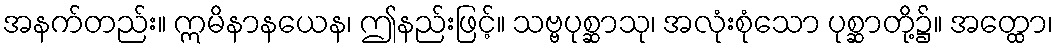
အနက်တည်း။ ဣမိနာနယေန၊ ဤနည်းဖြင့်။ သဗ္ဗပုစ္ဆာသု၊ အလုံးစုံသော ပုစ္ဆာတို့၌။ အတ္ထော၊